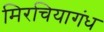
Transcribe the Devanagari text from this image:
मिरचियागंध